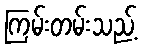
ကြမ်းတမ်းသည့်